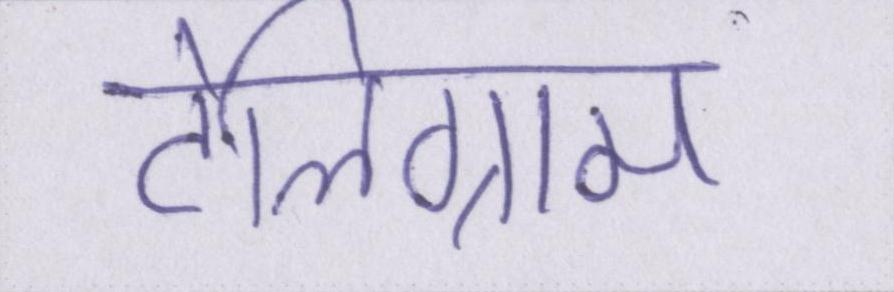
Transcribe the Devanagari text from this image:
टेलिग्राम